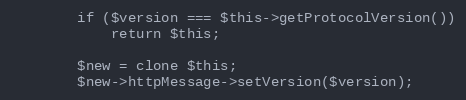
Language: PHP
        if ($version === $this->getProtocolVersion())
            return $this;

        $new = clone $this;
        $new->httpMessage->setVersion($version);